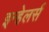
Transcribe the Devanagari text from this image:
इन्हेलर्स